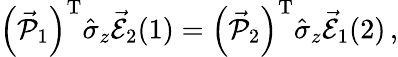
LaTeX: \begin{array}{r}{\left(\vec{\mathcal{P}}_{1}\right)^{\mathrm{T}}\hat{\sigma}_{z}\vec{\mathcal{E}}_{2}(1)=\left(\vec{\mathcal{P}}_{2}\right)^{\mathrm{T}}\hat{\sigma}_{z}\vec{\mathcal{E}}_{1}(2)\, ,}\end{array}